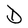
Character: D